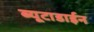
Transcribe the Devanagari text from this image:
ब्यूटाडाईन